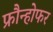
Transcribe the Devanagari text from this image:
फ्रौन्होफर